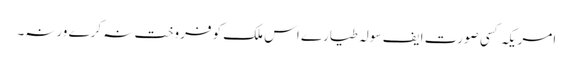
﻿ امریکہ کسی صورت ایف سولہ طیارے اس ملک کو فروخت نہ کرے ورنہ۔